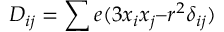
D _ { i j } = \sum e ( 3 x _ { i } x _ { j } – r ^ { 2 } \delta _ { i j } )